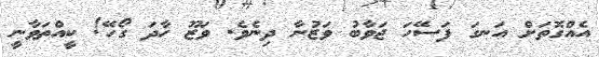
އެއްގޮތަށް އަނގަ ފަސޭހަ ޖަވާބު ވަޒުނާ ދިނެވެ. ވަޒޫ ހާދަ ގޯހޭ! ކީއްތަވާނީ